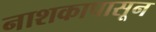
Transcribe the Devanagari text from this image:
नाशकापासून